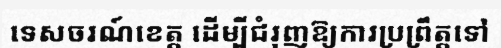
ទេសចរណ៍ខេត្ត ដើម្បីជំរុញឱ្យការប្រព្រឹត្តទៅ